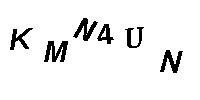
KMN4UN